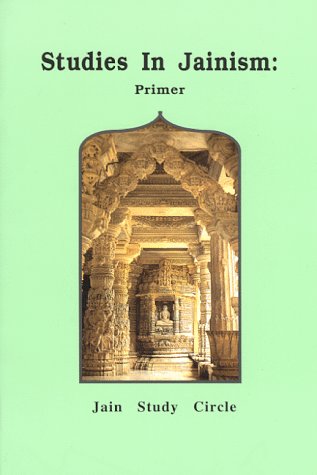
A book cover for Studies In Jainism: Primer; Duli Chandra Jain; Religion & Spirituality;